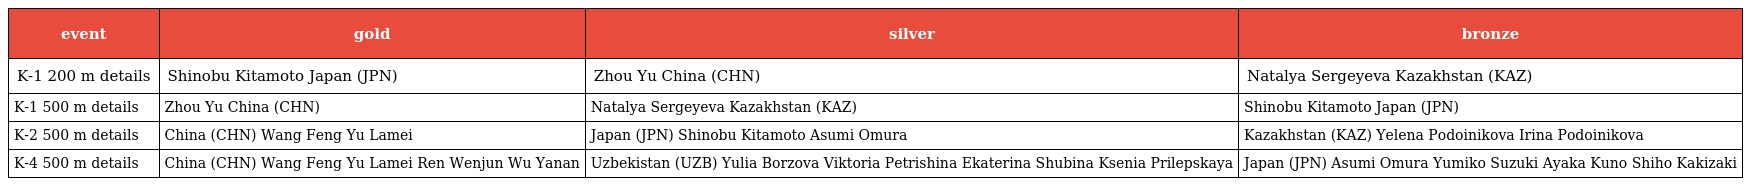
| event | gold | silver | bronze |
 | --- | --- | --- | --- |
 | K-1 200 m details | Shinobu Kitamoto Japan (JPN) | Zhou Yu China (CHN) | Natalya Sergeyeva Kazakhstan (KAZ) |
 | K-1 500 m details | Zhou Yu China (CHN) | Natalya Sergeyeva Kazakhstan (KAZ) | Shinobu Kitamoto Japan (JPN) |
 | K-2 500 m details | China (CHN) Wang Feng Yu Lamei | Japan (JPN) Shinobu Kitamoto Asumi Omura | Kazakhstan (KAZ) Yelena Podoinikova Irina Podoinikova |
 | K-4 500 m details | China (CHN) Wang Feng Yu Lamei Ren Wenjun Wu Yanan | Uzbekistan (UZB) Yulia Borzova Viktoria Petrishina Ekaterina Shubina Ksenia Prilepskaya | Japan (JPN) Asumi Omura Yumiko Suzuki Ayaka Kuno Shiho Kakizaki |